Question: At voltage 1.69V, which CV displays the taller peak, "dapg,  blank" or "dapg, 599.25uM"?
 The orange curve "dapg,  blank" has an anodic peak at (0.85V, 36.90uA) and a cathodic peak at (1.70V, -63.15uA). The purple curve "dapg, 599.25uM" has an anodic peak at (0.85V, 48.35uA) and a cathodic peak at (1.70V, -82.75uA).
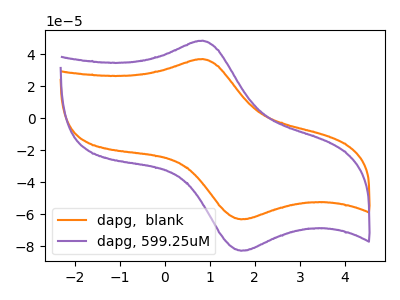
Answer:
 <answer>The peak at 1.69V is lower in "dapg,  blank" than in "dapg, 599.25uM".</answer>
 <eval>lower</eval>